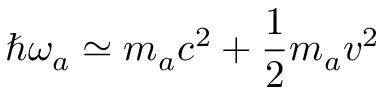
\hbar \omega _ { a } \simeq m _ { a } c ^ { 2 } + \frac { 1 } { 2 } m _ { a } v ^ { 2 }